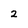
Character: 2